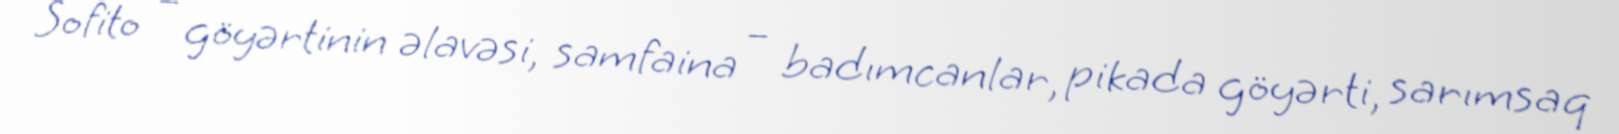
Sofito – göyərtinin əlavəsi, samfaina – badımcanlar, pikada göyərti, sarımsaq